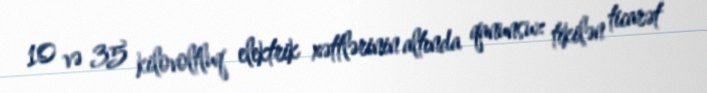
10 və 35 kilovoltluq elektrik xəttlərinin altında qanunsuz tikilən ticarət